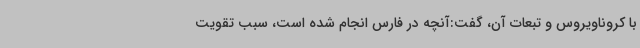
با کروناویروس و تبعات آن، گفت:آنچه در فارس انجام شده است، سبب تقویت